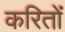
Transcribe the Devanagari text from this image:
करितों